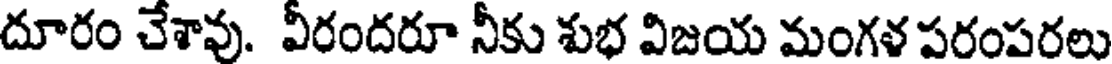
దూరం చేశావు. వీరందరూ నీకు శుభ విజయ మంగళ పరంపరలు